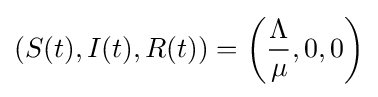
\left(S(t),I(t),R(t)\right)=\left({\frac {\Lambda }{\mu }},0,0\right)